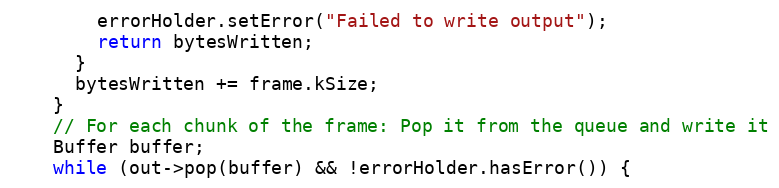
Language: C++
        errorHolder.setError("Failed to write output");
        return bytesWritten;
      }
      bytesWritten += frame.kSize;
    }
    // For each chunk of the frame: Pop it from the queue and write it
    Buffer buffer;
    while (out->pop(buffer) && !errorHolder.hasError()) {